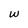
Character: w